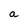
Character: a